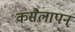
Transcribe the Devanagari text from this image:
कसैलापन